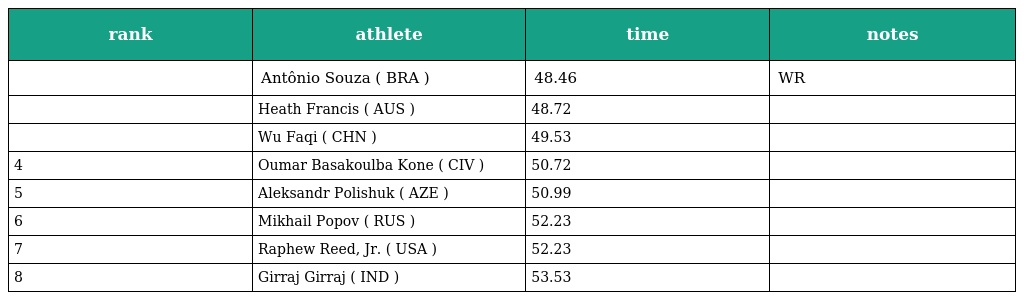
| rank | athlete | time | notes |
 | --- | --- | --- | --- |
 |  | Antônio Souza ( BRA ) | 48.46 | WR |
 |  | Heath Francis ( AUS ) | 48.72 |  |
 |  | Wu Faqi ( CHN ) | 49.53 |  |
 | 4 | Oumar Basakoulba Kone ( CIV ) | 50.72 |  |
 | 5 | Aleksandr Polishuk ( AZE ) | 50.99 |  |
 | 6 | Mikhail Popov ( RUS ) | 52.23 |  |
 | 7 | Raphew Reed, Jr. ( USA ) | 52.23 |  |
 | 8 | Girraj Girraj ( IND ) | 53.53 |  |